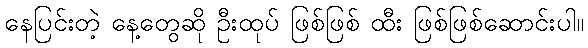
နေပြင်းတဲ့ နေ့တွေဆို ဦးထုပ် ဖြစ်ဖြစ် ထီး ဖြစ်ဖြစ်ဆောင်းပါ။